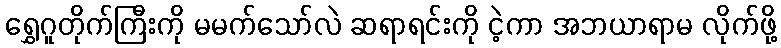
ရွှေဂူတိုက်ကြီးကို မမက်သော်လဲ ဆရာရင်းကို ငဲ့ကာ အဘယာရာမ လိုက်ဖို့